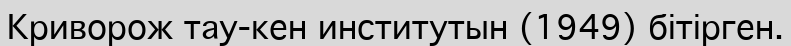
Криворож тау-кен институтын (1949) бітірген.